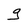
Character: g